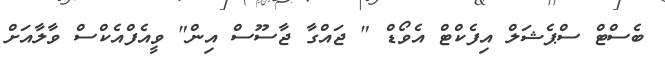
ބެސްޓް ސްޕެޝަލް އިފެކްޓް އެވޯޑް " ޖައްގާ ޖާސޫސް އިން" ވީއެފްއެކްސް ވާލާއަށް